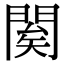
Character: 𨴱